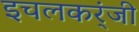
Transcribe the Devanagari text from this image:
इचलकर्ंजी